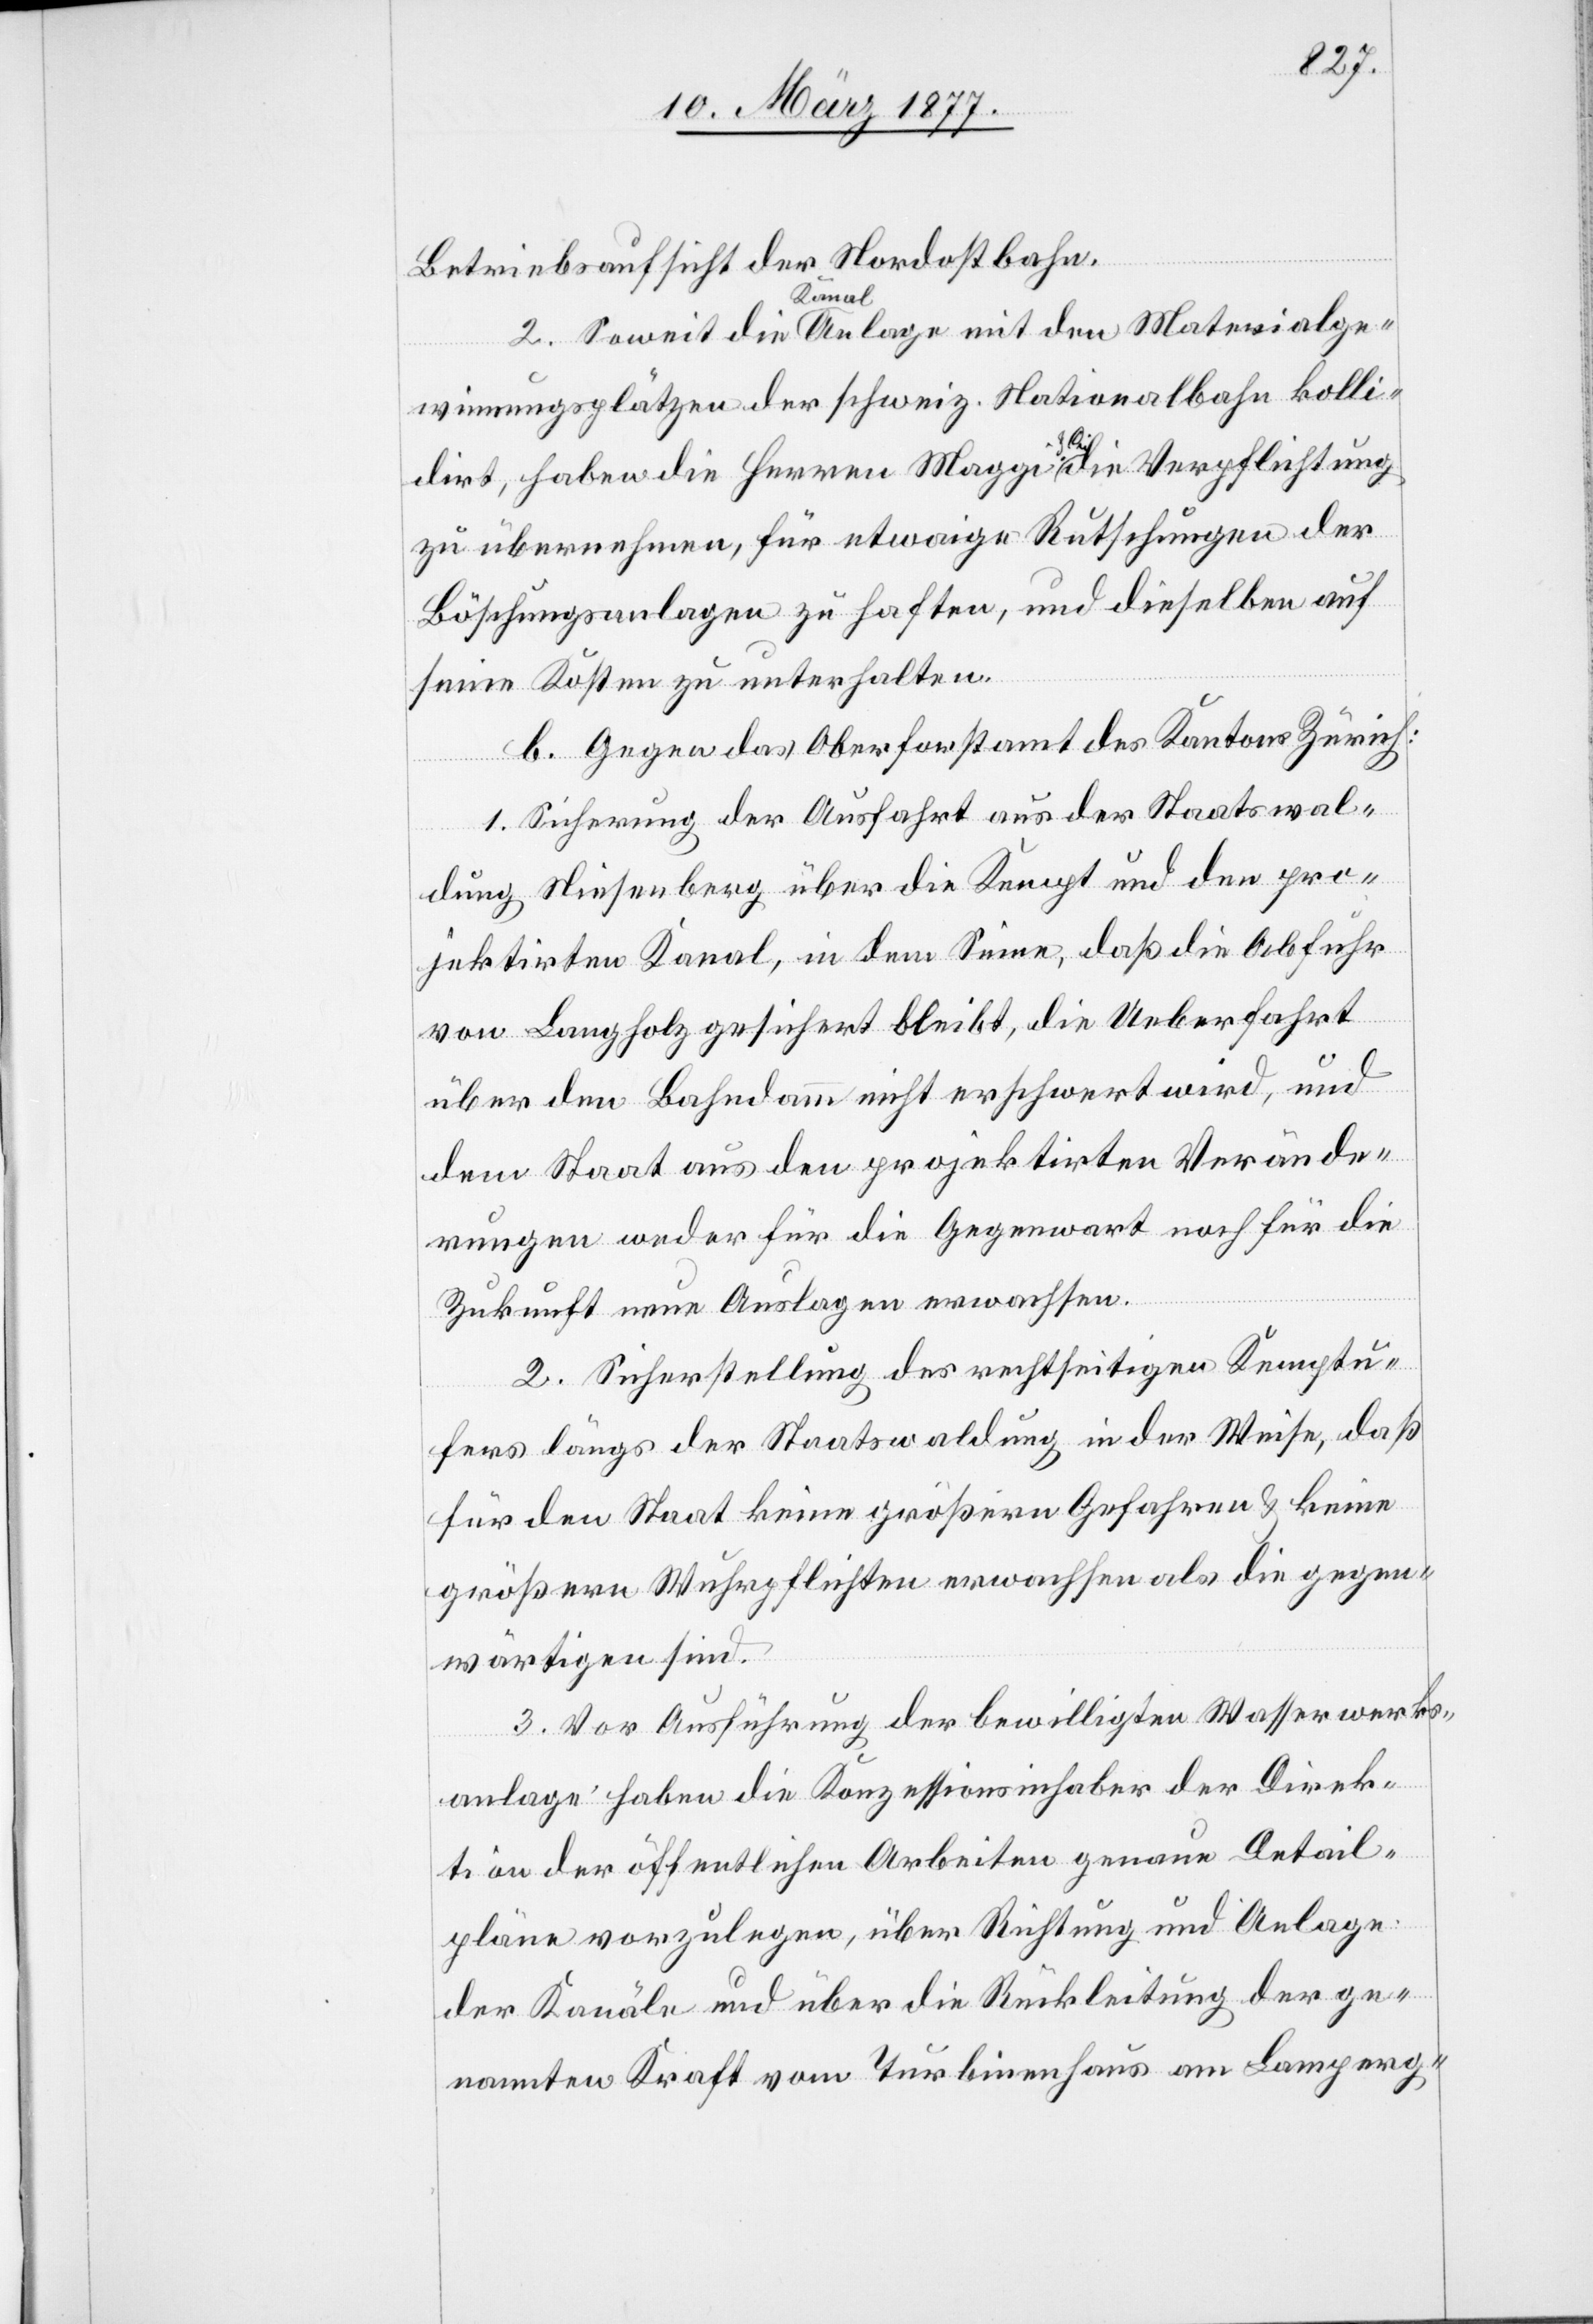
Betriebsaufsicht der Nordostbahn.
2. Soweit die Kanal-Anlage mit den Materialge¬
winnungsplätzen der schweiz. Nationalbahn kolli¬
dirt, haben die Herren Maggi & Cie die Verpflichtung
zu übernehmen, für etwaige Rutschungen der
Böschungsanlagen zu haften, und dieselbe auf
ihre] Kosten zu unterhalten.
b. Gegen das Oberforstamt des Kantons Zürich:
1. Sicherung der Ausfahrt aus der Staatswal¬
dung Niesenberg über die Kempt und den pro¬
jektirten Kanal, in dem Sinne, daß die Abfuhr
von Langholz gesichert bleibt, die Ueberfahrt
über den Bahndamm nicht erschwert wird, und
dem Staat aus den projektirten Verände¬
rungen weder für die Gegenwart noch für die
Zukunft neue Auslagen erwachsen.
2. Sicherstellung des rechtseitigen Kemptu¬
fers längs der Staatswaldung in der Weise, daß
für den Staat keine größern Gefahren & keine
größern Wuhrpflichten erwachsen als die gegen¬
wärtigen sind.
3. Vor Ausführung der bewilligten Wasserwerks¬
anlage haben die Konzessionsinhaber der Direk¬
tion der öffentlichen Arbeiten genaue Detail¬
pläne vorzulegen, über Richtung und Anlage
der Kanäle und über die Rückleitung der ge¬
nannten Kraft vom Turbinenhaus am Lamperg-